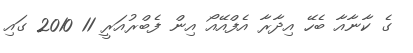
ގެ ކާނާއާ ބެހޭ އިދާރާ އެފްއޭއޯ އިން ފެބްރުއަރީ 11 2010 ގައި